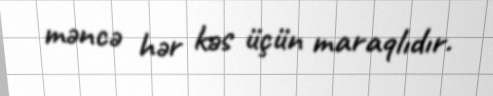
məncə hər kəs üçün maraqlıdır.